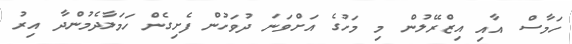
ހަމާސް އާއި އިޒްރޭލުން މި މަހުގެ އަށްވަނަ ދުވަހުން ފެށިގެން ހަމަލާދެމުންދާ އިރު